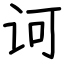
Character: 诃